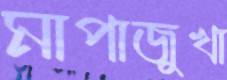
মাপাজুখা